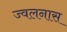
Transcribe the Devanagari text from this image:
ज्वलनास